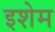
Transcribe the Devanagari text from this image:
इशेम